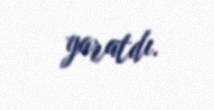
yaratdı.